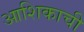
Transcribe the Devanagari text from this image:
आशिकाची